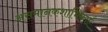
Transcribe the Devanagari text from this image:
असमानकशाभिकाएँ